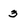
Character: 3